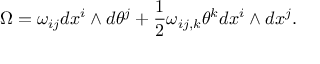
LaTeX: \Omega = \omega _ { i j } d x ^ { i } \wedge d \theta ^ { j } + \frac 1 2 \omega _ { i j , k } \theta ^ { k } d x ^ { i } \wedge d x ^ { j } .